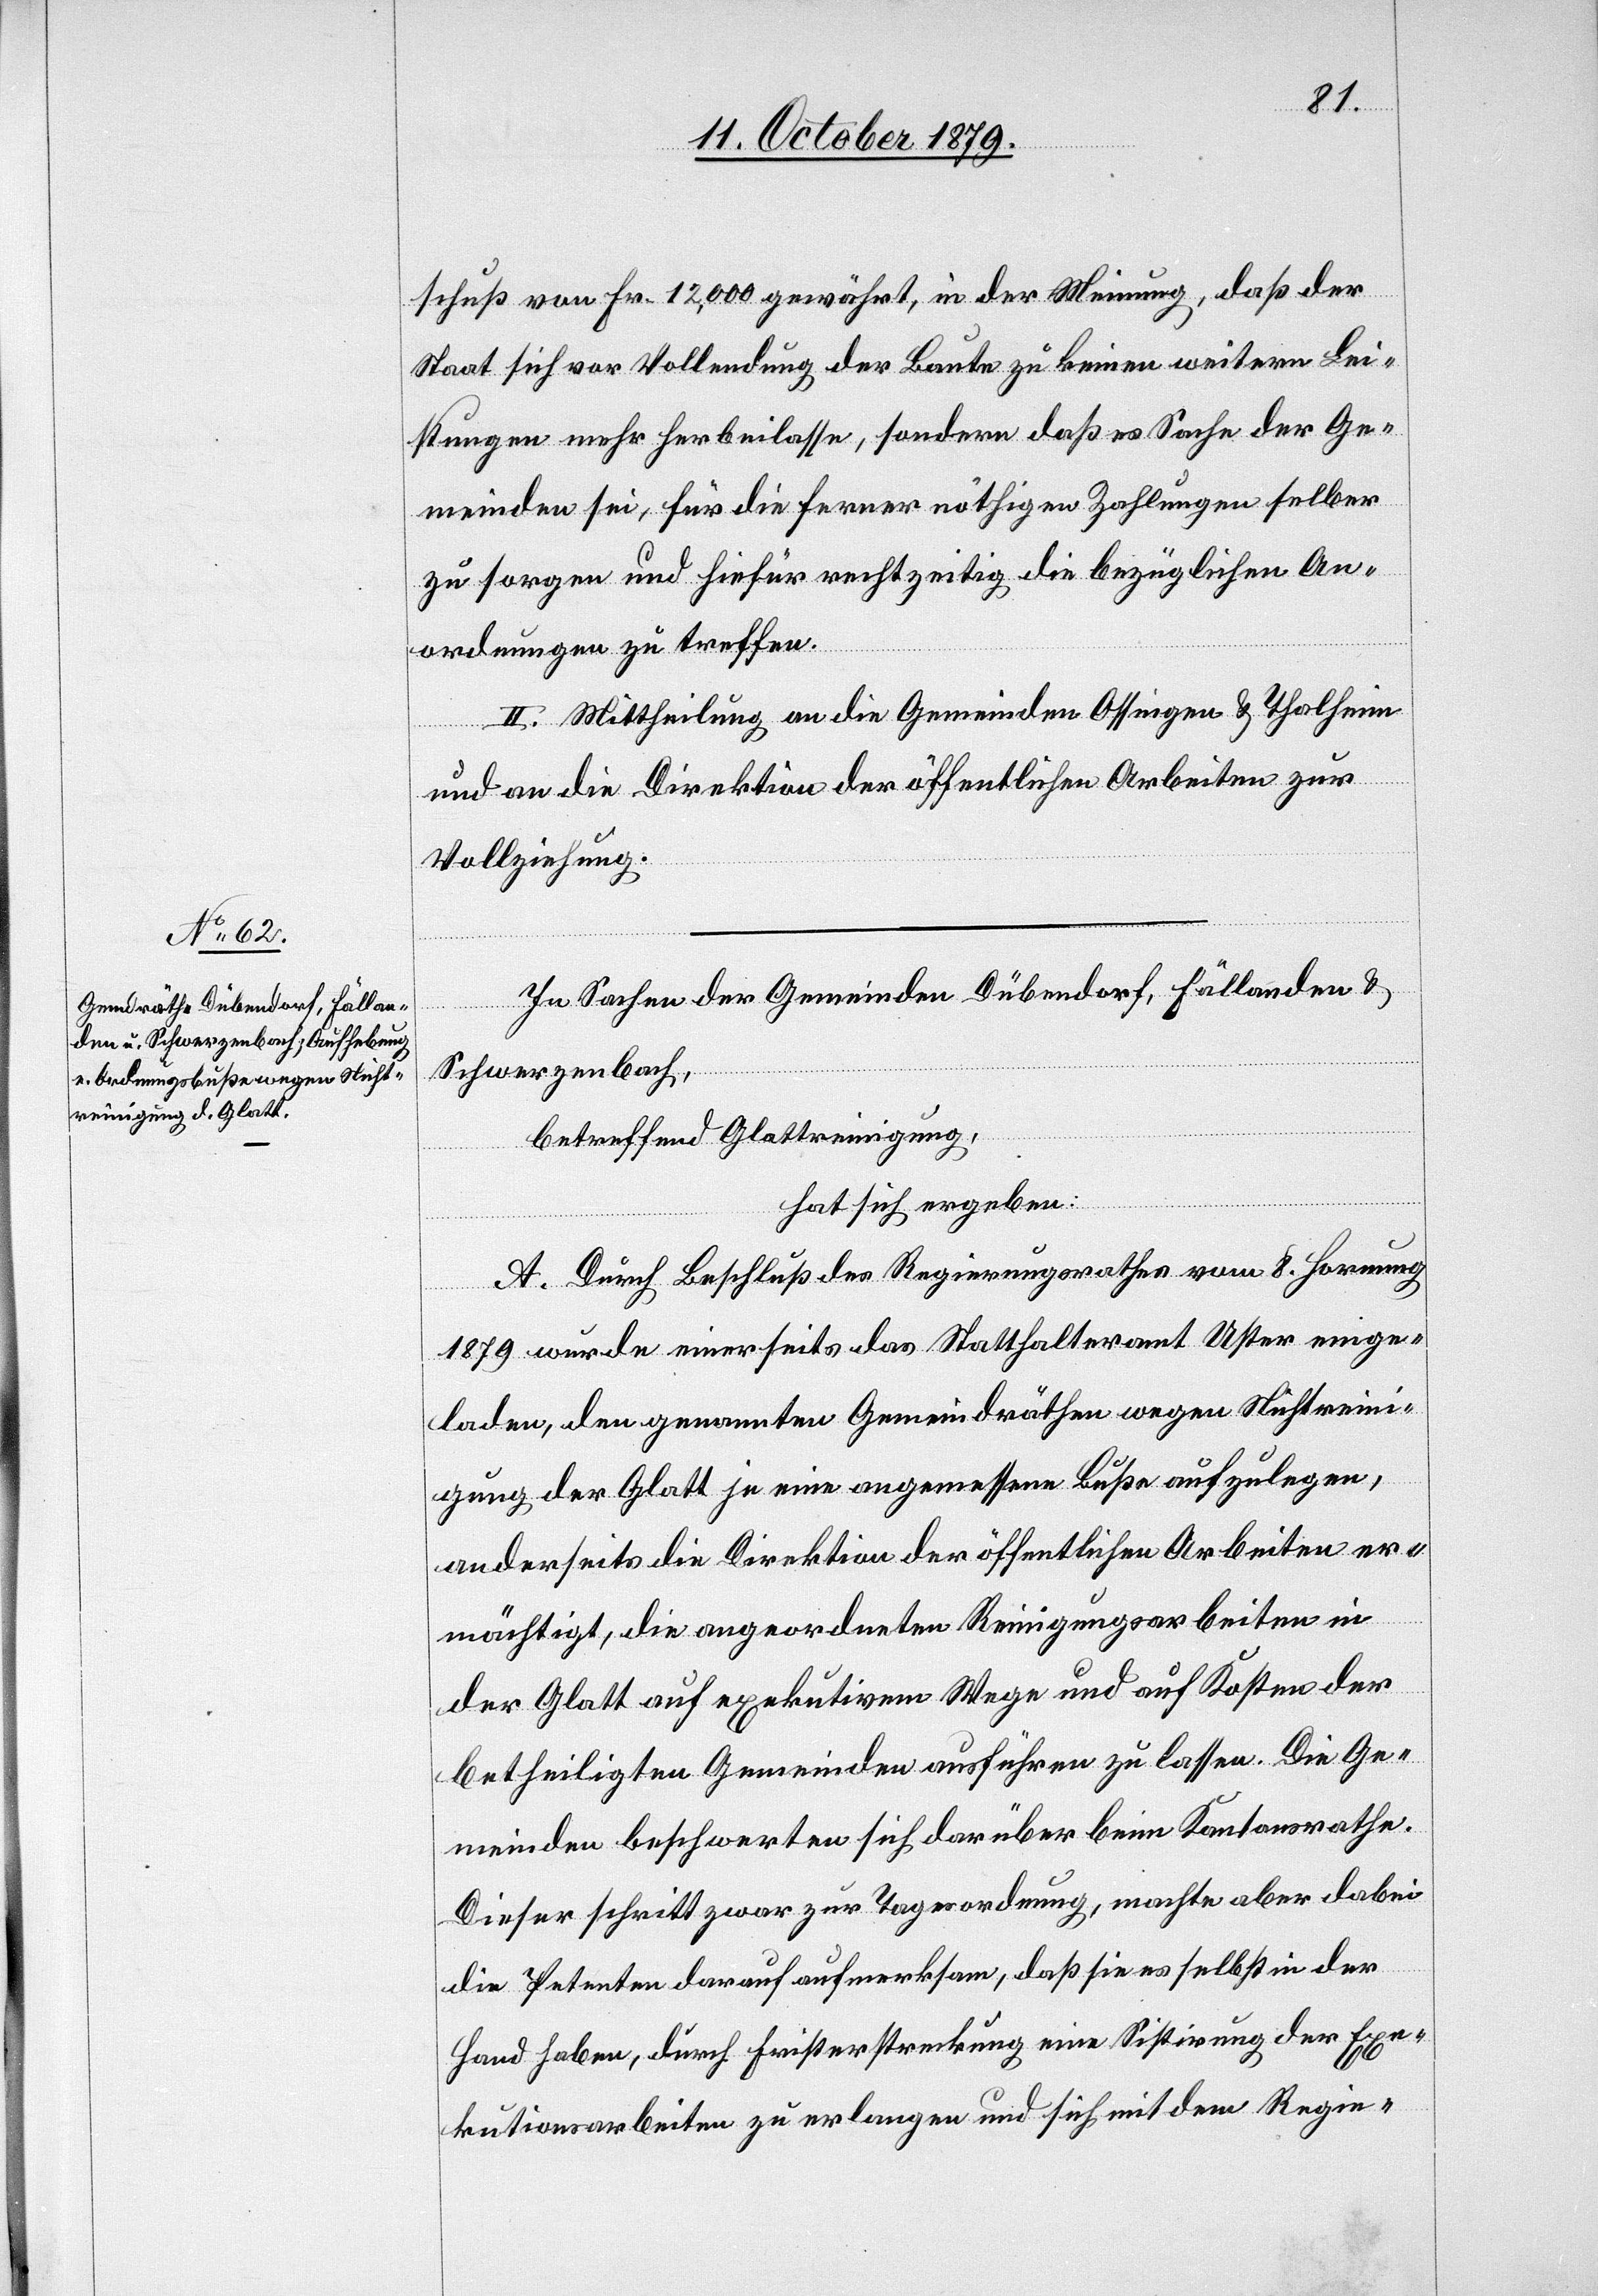
schuß von Fr. 12,000 gewährt, in der Meinung, daß der
Staat sich vor Vollendung der Baute zu keinen weiteren Lei¬
stungen mehr herbeilasse, sondern daß es Sache der Ge¬
meinden sei, für die ferner nöthigen Zahlungen selber
zu sorgen und hiefür rechtzeitig die bezüglichen An¬
ordnungen zu treffen.
II. Mittheilung an die Gemeinden Ossingen & Thalheim
und an die Direktion der öffentlichen Arbeiten zur
Vollziehung.
In Sachen der Gemeinden Dübendorf, Fällanden &
Schwerzenbach,
betreffend Glattreinigung,
hat sich ergeben:
A. Durch Beschluß des Regierungsrathes vom 8. Hornung
1879 wurde einerseits das Statthalteramt Uster einge¬
laden, den genannten Gemeindräthen wegen Nichtreini¬
gung der Glatt je eine angemessene Buße aufzulegen,
anderseits die Direktion der öffentlichen Arbeiten er¬
mächtigt, die angeordneten Reinigungsarbeiten in
der Glatt auf exekutivem Wege und auf Kosten der
betheiligten Gemeinden ausführen zu lassen. Die Ge¬
meinden beschwerten sich darüber beim Kantonsrathe.
Dieser schritt zwar zur Tagesordnung, machte aber di¬
e Petenten darauf aufmerksam, daß sie es selbst in der
Hand haben, durch Fristerstreckung eine Sistirung der Exe¬
kutionsarbeiten zu erlangen und sich mit dem Regie-